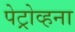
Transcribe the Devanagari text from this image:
पेट्रोव्हना